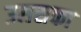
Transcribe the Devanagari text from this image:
उससका